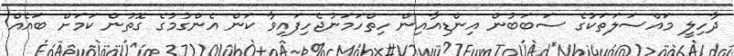
ދާހިލީ މައްސަލަތަކުގެ ސަބަބުން އިންޑިއާއިން ހިތްހަމަނުޖެހިފައިވާ ކަން އެންގުމުގެ ގޮތުން ކަމަށް ބައެއް